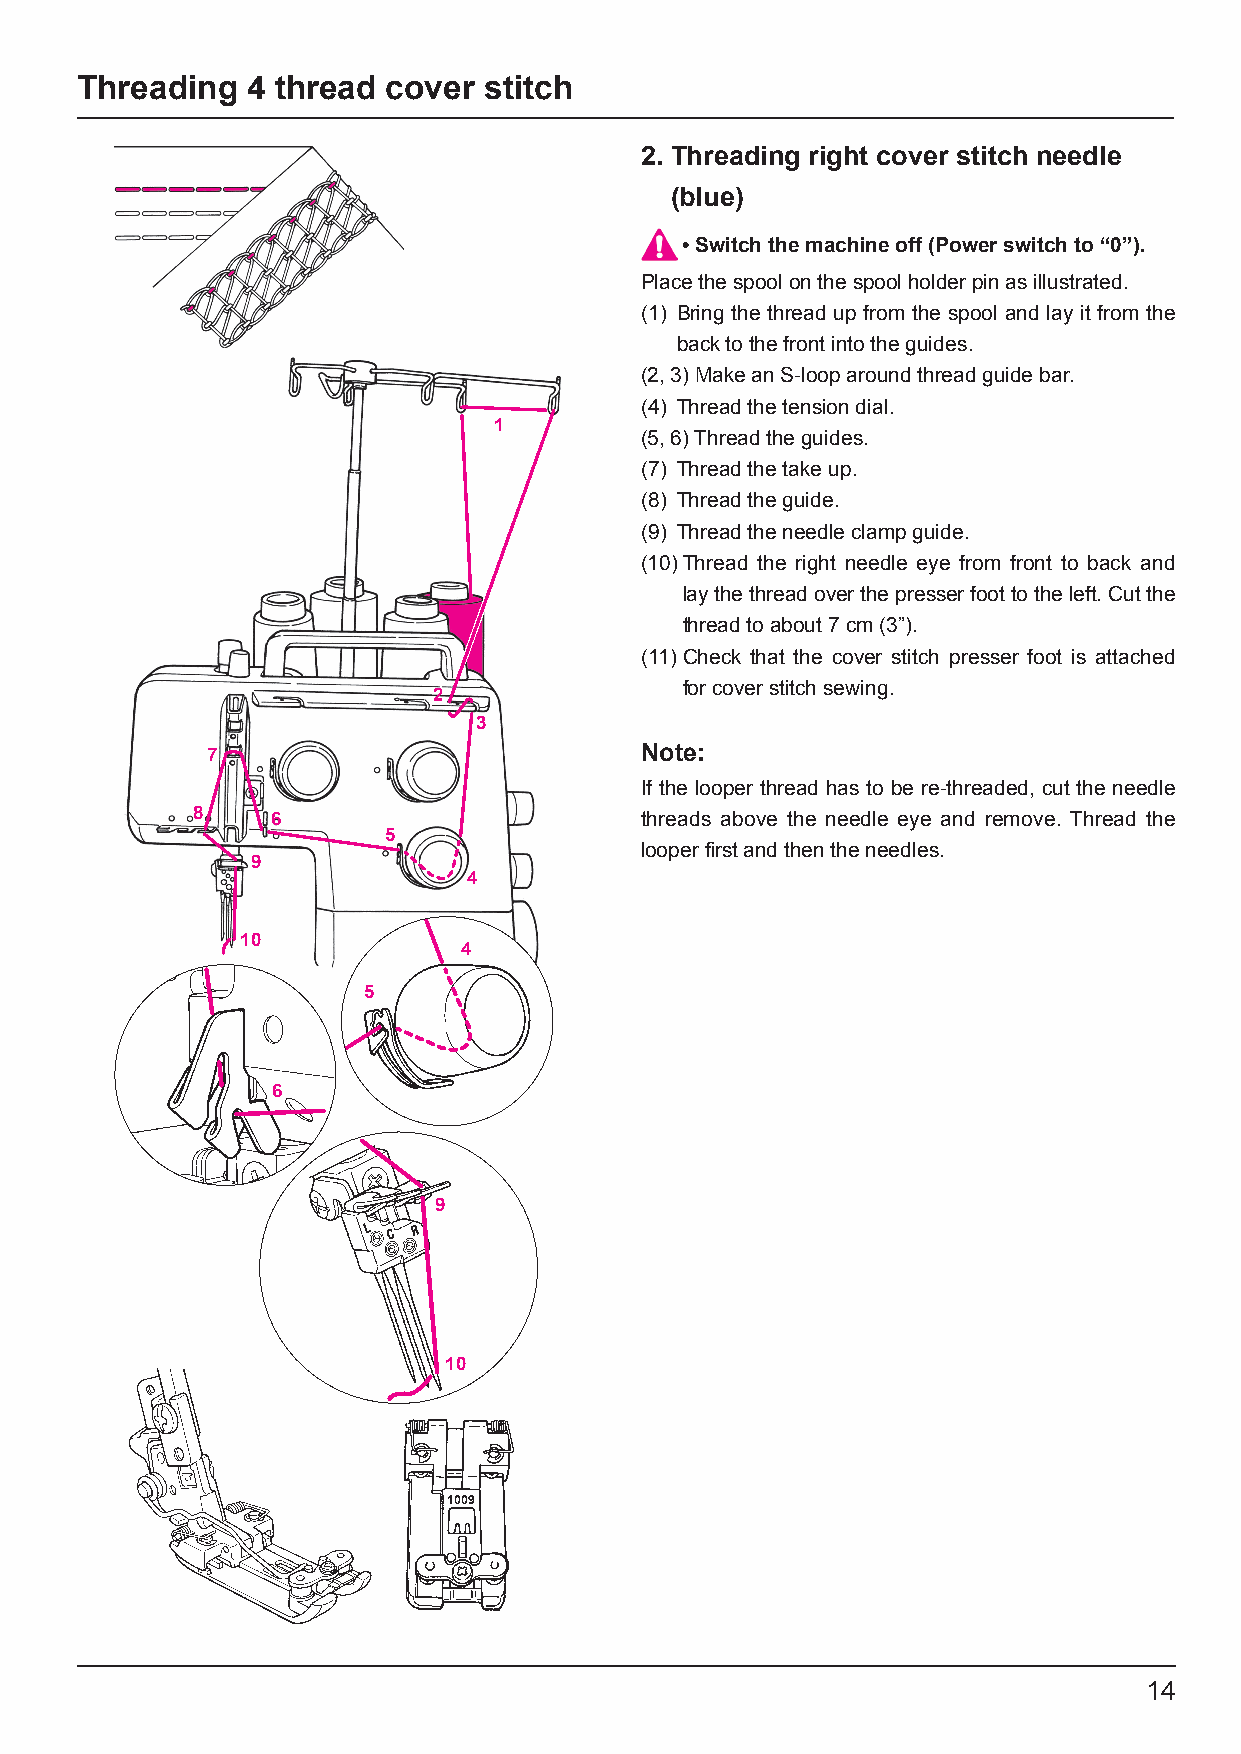
Threading  4 thread  cover stitch
 2. Threading right cover stitch needle
 (blue)
 • Switch the machine off (Power switch to “0”).
 Place the spool on the spool holder pin as illustrated.
 (1) Bring the thread up from the spool and lay it from the
 back to the front into the guides.
 (2, 3) Make an S-loop around thread guide bar.
 (4) Thread the tension dial.
 1
 (5, 6) Thread the guides.
 (7) Thread the take up.
 (8) Thread the guide.
 (9) Thread the needle clamp guide.
 (10) Thread the right needle eye from front to back and
 lay the thread over the presser foot to the left. Cut the
 thread to about 7 cm (3”).
 (11) Check that the cover stitch presser foot is attached
 for cover stitch sewing.
 2
 3
 7                           Note:
 If the looper thread has to be re-threaded, cut the needle
 8    6                       threads above the needle eye and remove. Thread the
 5
 looper first and then the needles.
 9
 4
 10
 4
 5
 6
 9
 10
 1009
 14